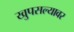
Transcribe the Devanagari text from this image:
खुपसल्यावर